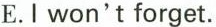
E.I won't forget.